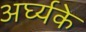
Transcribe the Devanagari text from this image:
अर्घ्यके